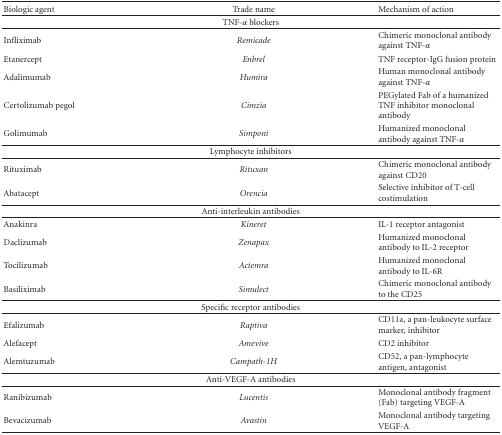
<table><thead><tr><td><b> Biologic agent</b></td><td><b>Trade name</b></td><td><b>Mechanism of action</b></td></tr></thead><tbody><tr><td colspan="3">TNF-<i>α</i> blockers</td></tr><tr><td>Infliximab</td><td><i>Remicade </i></td><td>Chimeric monoclonal antibody against TNF-<i>α</i></td></tr><tr><td>Etanercept</td><td><i>Enbrel </i></td><td>TNF receptor-IgG fusion protein</td></tr><tr><td>Adalimumab</td><td><i>Humira </i></td><td>Human monoclonal antibody against TNF-<i>α</i></td></tr><tr><td>Certolizumab pegol</td><td><i>Cimzia </i></td><td>PEGylated Fab of a humanized TNF inhibitor monoclonal antibody</td></tr><tr><td>Golimumab</td><td><i>Simponi </i></td><td>Humanized monoclonal antibody against TNF-<i>α</i></td></tr><tr><td colspan="3">Lymphocyte inhibitors</td></tr><tr><td>Rituximab</td><td><i>Rituxan </i></td><td>Chimeric monoclonal antibody against CD20</td></tr><tr><td>Abatacept</td><td><i>Orencia </i></td><td>Selective inhibitor of T-cell costimulation</td></tr><tr><td colspan="3">Anti-interleukin antibodies</td></tr><tr><td>Anakinra</td><td><i>Kineret </i></td><td>IL-1 receptor antagonist</td></tr><tr><td>Daclizumab</td><td><i>Zenapax </i></td><td>Humanized monoclonal antibody to IL-2 receptor</td></tr><tr><td>Tocilizumab</td><td><i>Actemra </i></td><td>Humanized monoclonal antibody to IL-6R</td></tr><tr><td>Basiliximab</td><td><i>Simulect </i></td><td>Chimeric monoclonal antibody to the CD25</td></tr><tr><td colspan="3">Specific receptor antibodies</td></tr><tr><td>Efalizumab</td><td><i>Raptiva </i></td><td>CD11a, a pan-leukocyte surface marker, inhibitor</td></tr><tr><td>Alefacept</td><td><i>Amevive </i></td><td>CD2 inhibitor</td></tr><tr><td>Alemtuzumab</td><td><i>Campath-1H </i></td><td>CD52, a pan-lymphocyte antigen, antagonist</td></tr><tr><td colspan="3">Anti-VEGF-A antibodies</td></tr><tr><td>Ranibizumab</td><td><i>Lucentis</i></td><td>Monoclonal antibody fragment (Fab) targeting VEGF-A</td></tr><tr><td>Bevacizumab</td><td><i>Avastin </i></td><td>Monoclonal antibody targeting VEGF-A</td></tr></tbody></table>